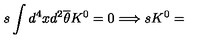
s \int d ^ { 4 } x d ^ { 2 } \overline { { \theta } } K ^ { 0 } = 0 \Longrightarrow s K ^ { 0 } =